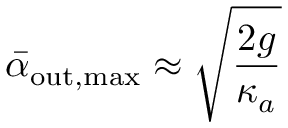
\bar { \alpha } _ { \mathrm { o u t , m a x } } \approx \sqrt { \frac { 2 g } { \kappa _ { a } } }